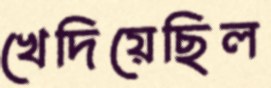
খেদিয়েছিল